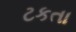
ટકતા